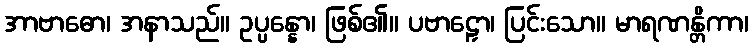
အာဗာဓော၊ အနာသည်။ ဥပ္ပန္နော၊ ဖြစ်၏။ ပဗာဠှော၊ ပြင်းသော။ မာရဏန္တိကာ၊